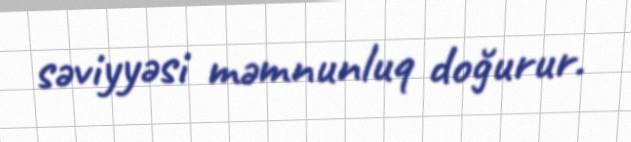
səviyyəsi məmnunluq doğurur.